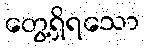
တွေ့ရှိရသော